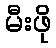
မီးဖို